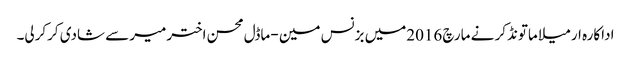
اداکارہ ارمیلا ماتونڈکر نے مارچ 2016میں بزنس مین -ماڈل محسن اخترمیرسے شادی کرکرلی۔